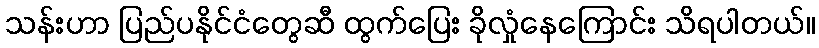
သန်းဟာ ပြည်ပနိုင်ငံတွေဆီ ထွက်ပြေး ခိုလှုံနေကြောင်း သိရပါတယ်။